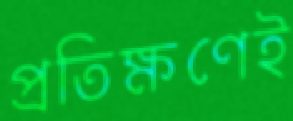
প্রতিক্ষণেই